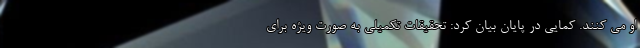
او می کنند. کمایی در پایان بیان کرد: تحقیقات تکمیلی به صورت ویژه برای